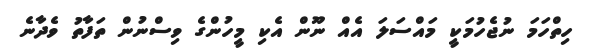
ހިތްހަމަ ނުޖެހުމަކީ މައްސަލަ އެއް ނޫން އެކި މީހުންގެ ވިސްނުން ތަފާތު ވެދާނެ